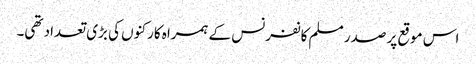
اس موقع پر صدر مسلم کانفرنس کے ہمراہ کارکنوں کی بڑی تعداد تھی۔